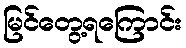
မြင်တွေ့ရကြောင်း